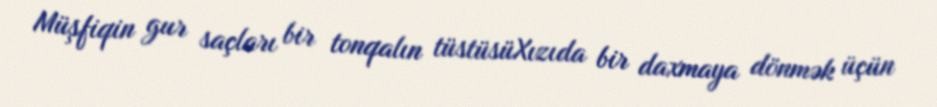
Müşfiqin gur saçları bir tonqalın tüstüsüXızıda bir daxmaya dönmək üçün